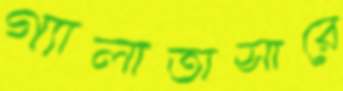
গ্যালাতাসারে